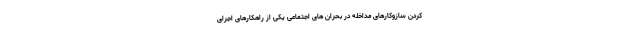
کردن سازوکارهای مداخله در بحران های اجتماعی یکی از راهکارهای اجرای